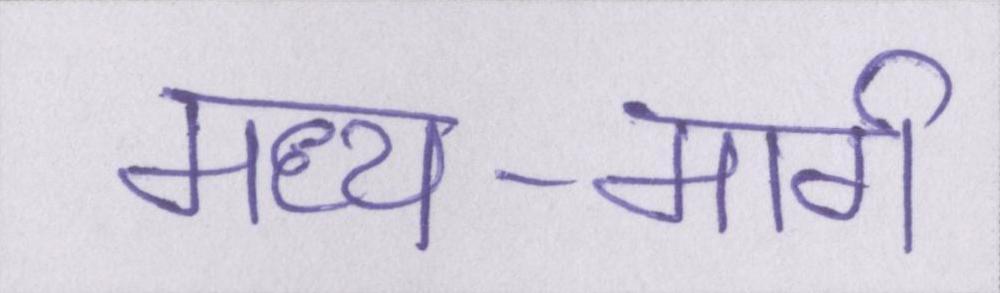
मध्य-मार्ग